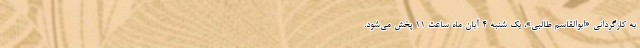
به کارگردانی «ابوالقاسم طالبی»، یک شنبه ۴ آبان ماه ساعت ۱۱ پخش می‌شود.